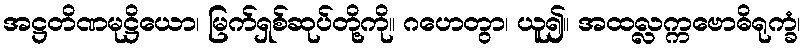
အဋ္ဌတိဏမုဋ္ဌိယော၊ မြက်ရှစ်ဆုပ်တို့ကို။ ဂဟေတွာ၊ ယူ၍။ အထလ္လက္ကဗောဓိရုက္ခံ၊